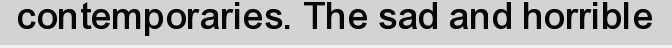
contemporaries. The sad and horrible